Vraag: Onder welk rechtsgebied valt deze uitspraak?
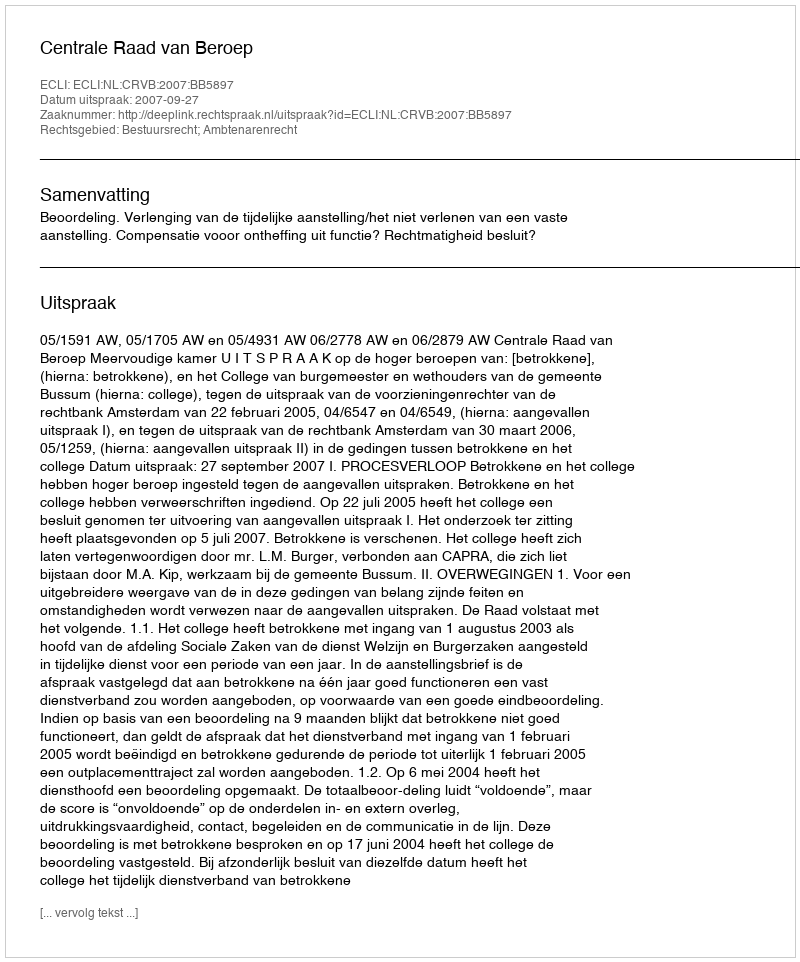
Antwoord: Bestuursrecht; Ambtenarenrecht